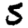
Digit: 5